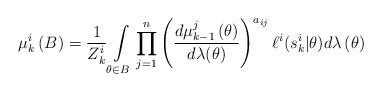
LaTeX: \begin{align*}\mu_{k}^i\left(B\right) & = \frac{1}{Z_{k}^i}\int\limits_{\theta \in B} \prod\limits_{j=1}^{n} \left( \frac{d\mu_{k-1}^j\left(\theta\right)}{d\lambda(\theta)}\right)^{a_{ij}} \ell^i(s_{k}^i|\theta) d\lambda\left(\theta\right)\end{align*}